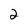
Character: 2